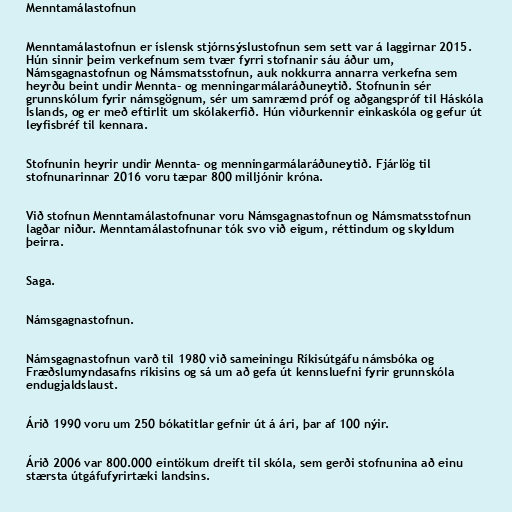
Menntamálastofnun

Menntamálastofnun er íslensk stjórnsýslustofnun sem sett var á laggirnar 2015.
Hún sinnir þeim verkefnum sem tvær fyrri stofnanir sáu áður um,
Námsgagnastofnun og Námsmatsstofnun, auk nokkurra annarra verkefna sem
heyrðu beint undir Mennta- og menningarmálaráðuneytið. Stofnunin sér
grunnskólum fyrir námsgögnum, sér um samræmd próf og aðgangspróf til Háskóla
Íslands, og er með eftirlit um skólakerfið. Hún viðurkennir einkaskóla og gefur út
leyfisbréf til kennara.

Stofnunin heyrir undir Mennta- og menningarmálaráðuneytið. Fjárlög til
stofnunarinnar 2016 voru tæpar 800 milljónir króna.

Við stofnun Menntamálastofnunar voru Námsgagnastofnun og Námsmatsstofnun
lagðar niður. Menntamálastofnunar tók svo við eigum, réttindum og skyldum
þeirra.

Saga.

Námsgagnastofnun.

Námsgagnastofnun varð til 1980 við sameiningu Ríkisútgáfu námsbóka og
Fræðslumyndasafns ríkisins og sá um að gefa út kennsluefni fyrir grunnskóla
endugjaldslaust.

Árið 1990 voru um 250 bókatitlar gefnir út á ári, þar af 100 nýir.

Árið 2006 var 800.000 eintökum dreift til skóla, sem gerði stofnunina að einu
stærsta útgáfufyrirtæki landsins.